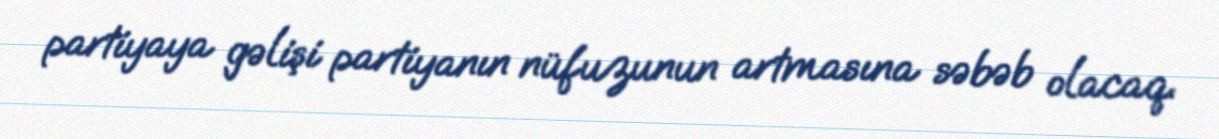
partiyaya gəlişi partiyanın nüfuzunun artmasına səbəb olacaq.